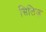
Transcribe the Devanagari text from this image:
सिलिज़